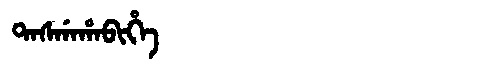
Manchu: ᡨᠠᠰᡤᠠᡥᠠᠪᡳᡥᡝ
Romanization: TASGAHABIHE